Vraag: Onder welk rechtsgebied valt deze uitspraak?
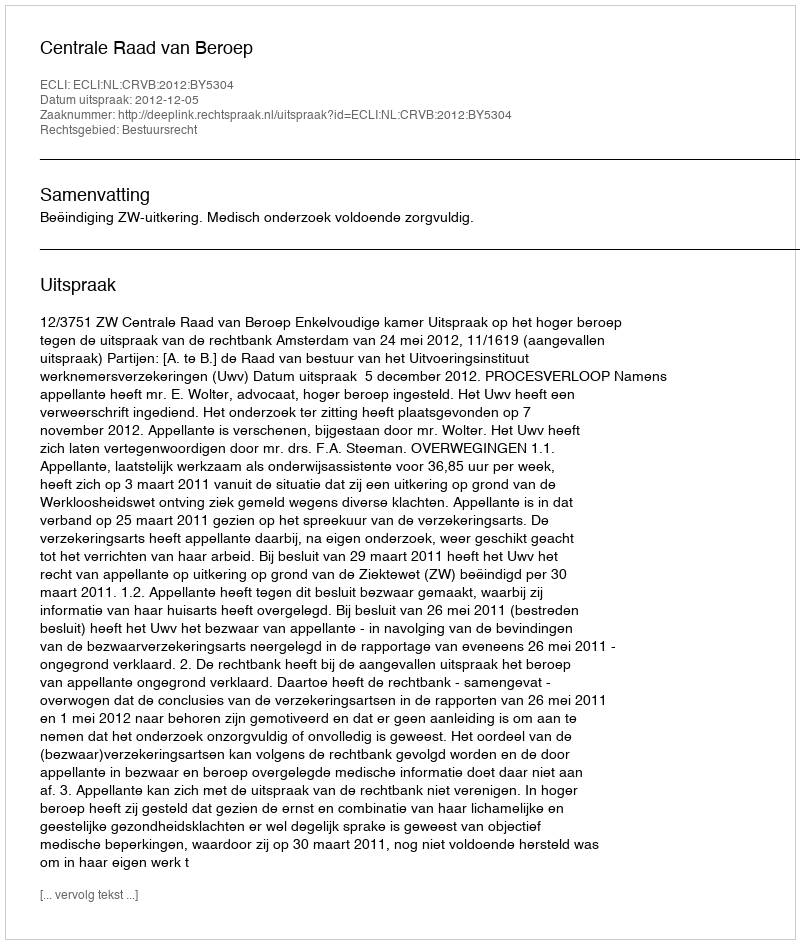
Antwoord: Bestuursrecht